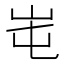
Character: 𡶁